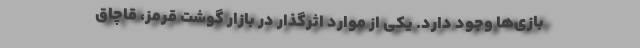
بازی‌ها وجود دارد. یکی از موارد اثرگذار در بازار گوشت قرمز، قاچاق